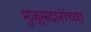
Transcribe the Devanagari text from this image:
मुजूमदारांच्या